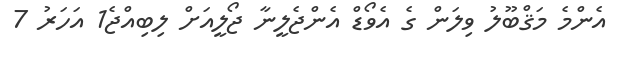
އެންމެ މަޤްބޫލު ވިލަން ގެ އެވޯޑް އެންޖެލީނާ ޖޯލީއަށް ލިބިއްޖެ1 އަހަރު 7